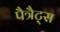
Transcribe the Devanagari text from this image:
पैत्रैट्स